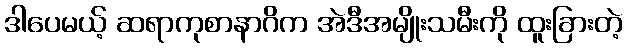
ဒါပေမယ့် ဆရာကုစာနာဂိက အဲဒီအမျိုးသမီးကို ထူးခြားတဲ့